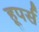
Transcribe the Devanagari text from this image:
हूपर्स